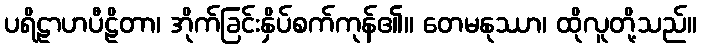
ပရိဠာဟပီဠိတာ၊ အိုက်ခြင်းနှိပ်စက်ကုန်၏။ တေမနုဿာ၊ ထိုလူတို့သည်။